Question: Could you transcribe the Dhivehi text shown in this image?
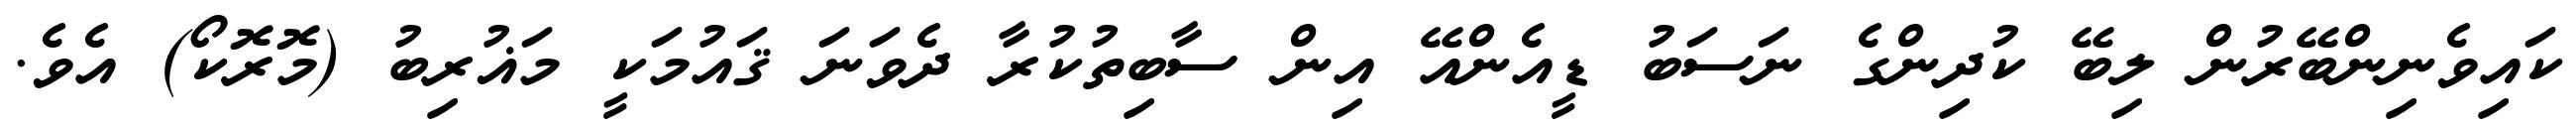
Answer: ކައިވެނިންބޭރުން ލިބޭ ކުދިންގެ ނަސަބު ޑީއެންއޭ އިން ސާބިތުކުރާ ދެވަނަ ޤައުމަކީ މަޣުރިބު (މޮރޮކޯ) އެވެ.